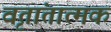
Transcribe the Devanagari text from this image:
वृतांतात्मक